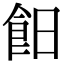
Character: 𩚣